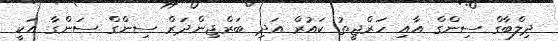
ދިލްބާގް ސިންގް އާއި ހަރްޖީތު ކައުރް އަދި ބަރްޖިންދަރް ސިންގް ސަންގާ އަކީ